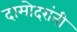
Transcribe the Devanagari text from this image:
दामोदरांनी